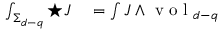
\begin{array} { r l } { \int _ { \Sigma _ { d - q } } \star J } & { { } = \int J \wedge \mathrm { ~ v ~ o ~ l ~ } _ { d - q } } \end{array}